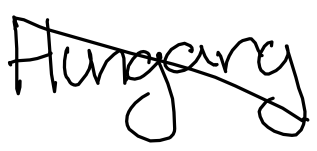
Text: Hungary
Cross-out: diagonal
Writing tool: digital_black